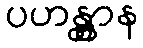
ပဟန္တွာန